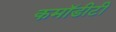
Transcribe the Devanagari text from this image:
कमॉडीटी